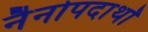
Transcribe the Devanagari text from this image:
नैनोपदार्थों